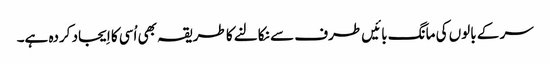
سر کے بالوں کی مانگ بائیں طرف سے نکالنے کا طریقہ بھی اُسی کا اِیجاد کردہ ہے۔